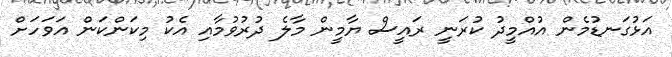
އަޅުގަނޑުމެން އުއްމީދު ކުރަނީ ރައީސް ޔާމީން މާލެ ދުރުވުމާއި އެކު މިކަންކަން އަވަހަށް